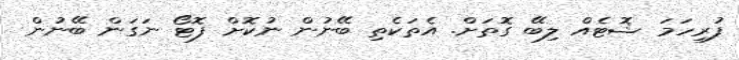
ފުރިހަމަ ޝޮޓެއް ލިބޭ ގޮތަށް. އެތަކެތި ބޭނުން ނުކޮށް ފޮޓޯ ނަގަން ބޭނުން